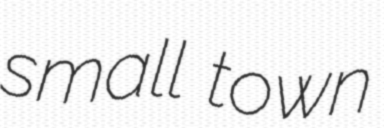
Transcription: small town